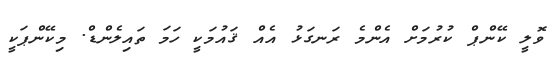
ވޮލީ ކޭންޕް ކުރުމަށް އެންމެ ރަނގަޅު އެއް ޤައުމަކީ ހަމަ ތައިލެންޑް. މިކޭންޕަކީ